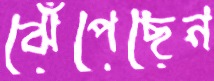
ঝেঁপেছেন